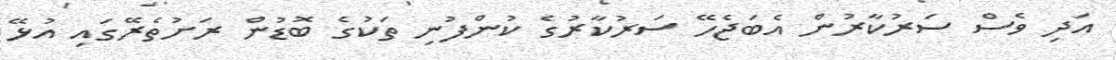
އަދި ވެސް ސަރުކާރުން އެބަޖެހޭ ސަރުކާރުގެ ކުންފުނި ތަކުގެ ބޮޑުން ރަށުތެރޭގައި އުޅޭ